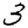
Digit: 3